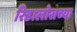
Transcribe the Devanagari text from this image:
रिडालोसच्या